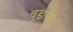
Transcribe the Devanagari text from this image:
चूडाला।